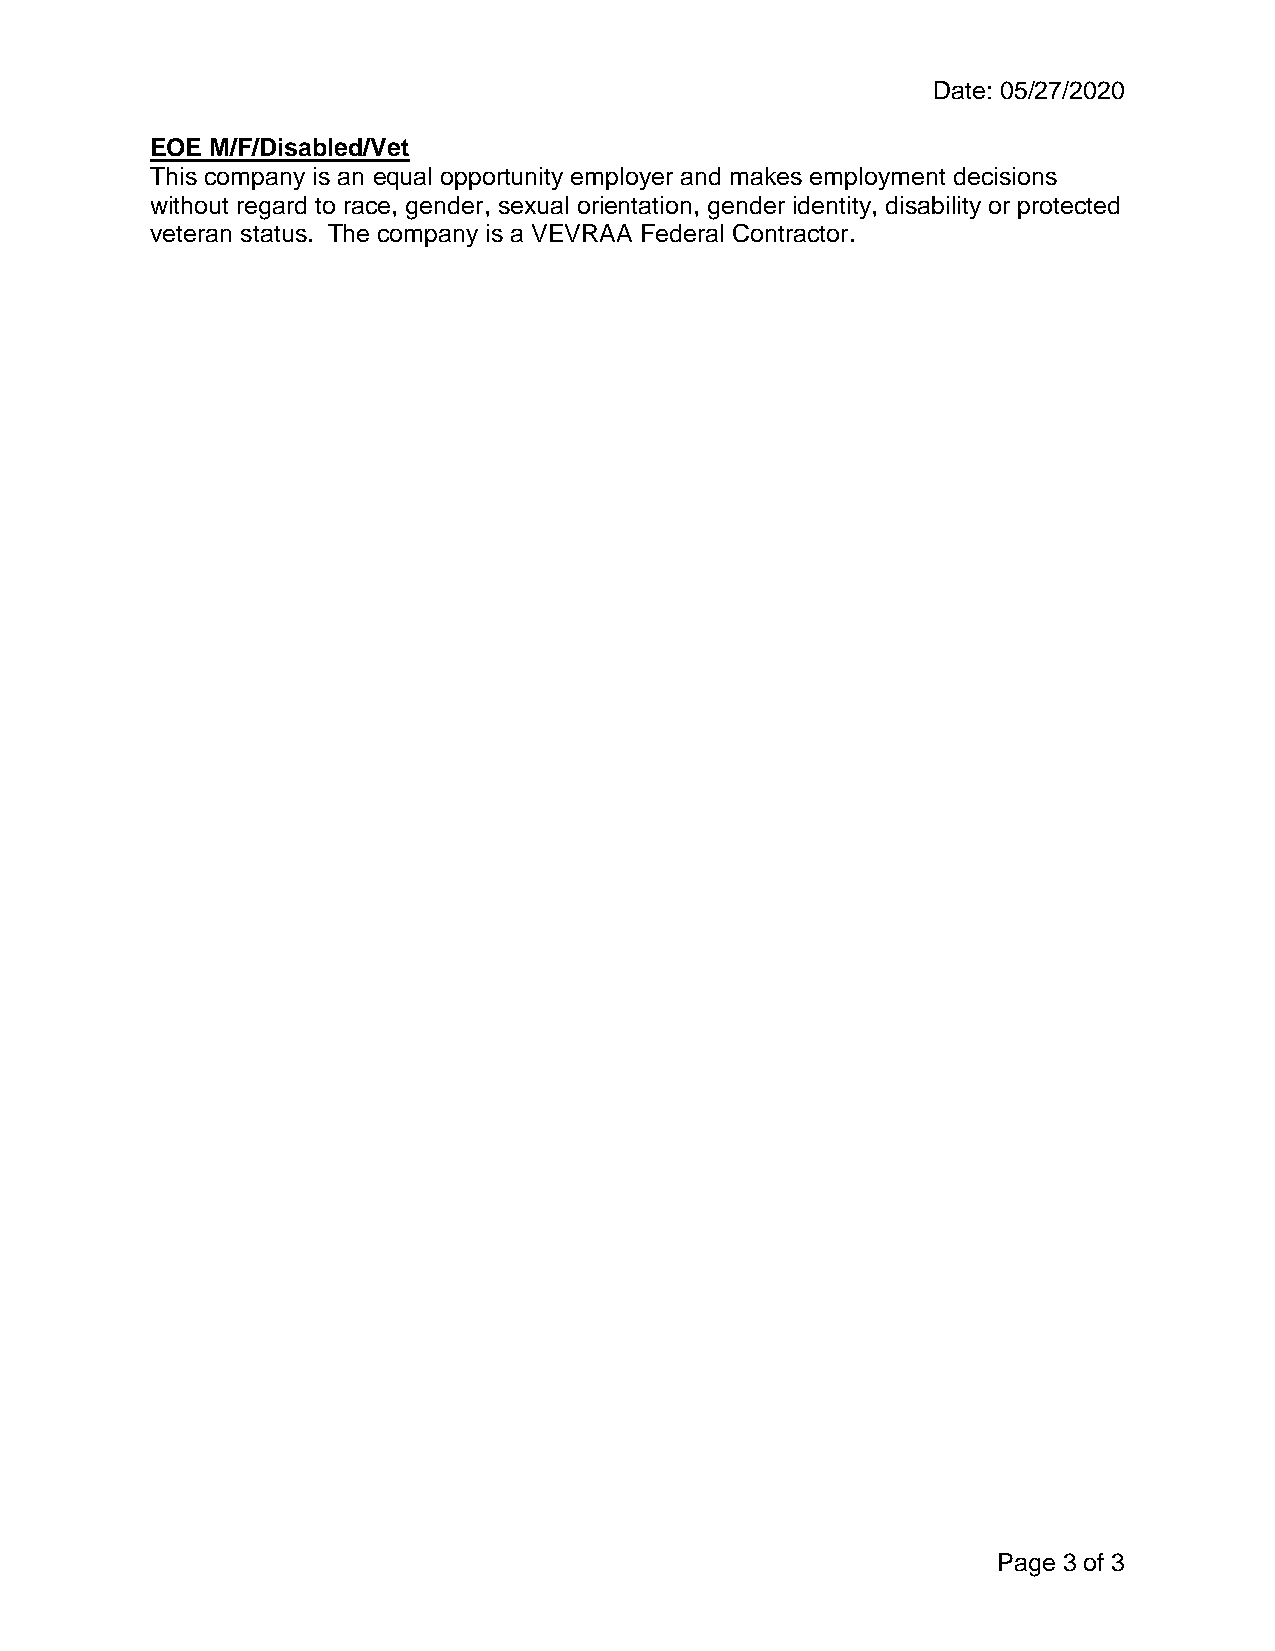
Date: 05/27/2020
 EOE M/F/Disabled/Vet
 This company is an equal opportunity employer and makes employment decisions
 without regard to race, gender, sexual orientation, gender identity, disability or protected
 veteran status. The company is a VEVRAA Federal Contractor.
 Page 3 of 3